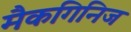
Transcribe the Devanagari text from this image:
मैकगिनिज